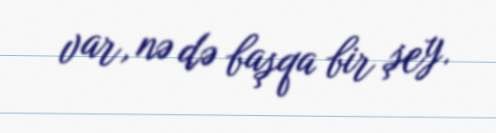
var, nə də başqa bir şey.